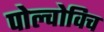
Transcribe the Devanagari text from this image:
पोल्वोविच